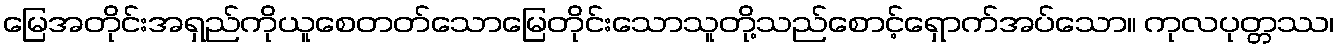
မြေအတိုင်းအရှည်ကိုယူစေတတ်သောမြေတိုင်းသောသူတို့သည်စောင့်ရှောက်အပ်သော။ ကုလပုတ္တဿ၊